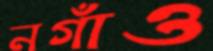
নগাঁও